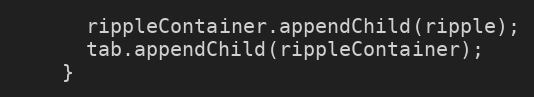
Language: JavaScript
      rippleContainer.appendChild(ripple);
      tab.appendChild(rippleContainer);
    }